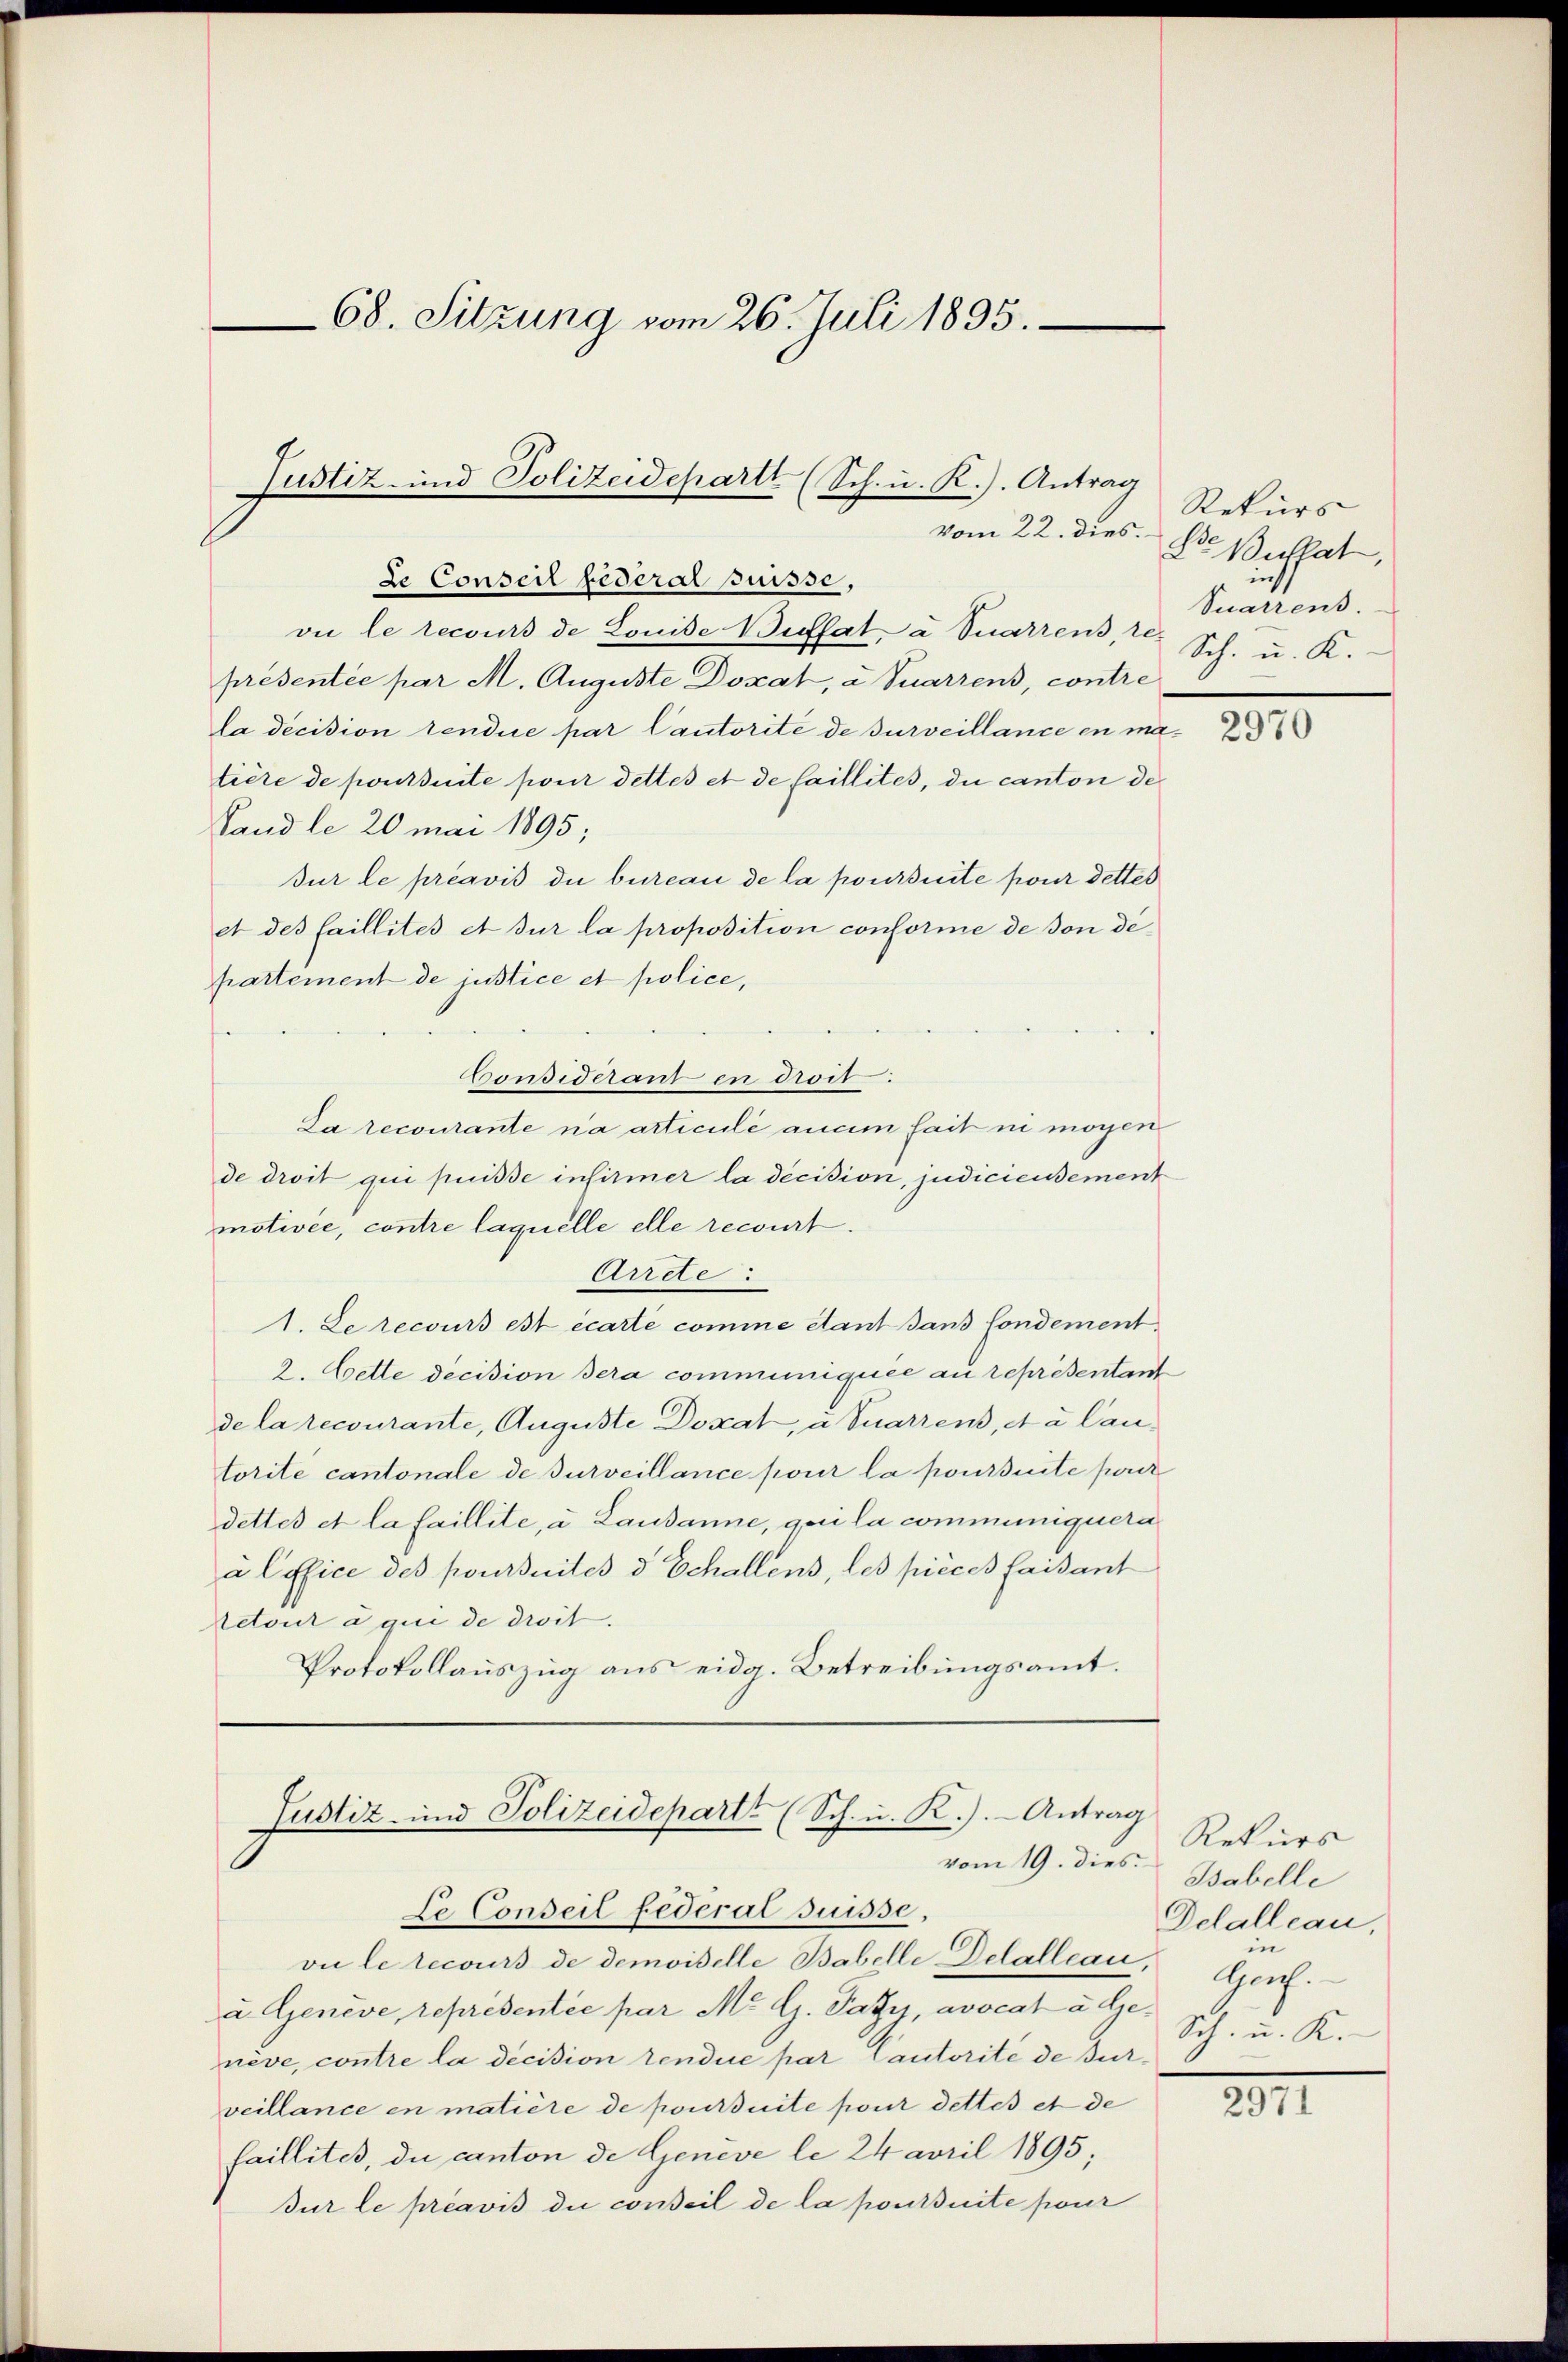
68. Sitzung vom 26. Juli 1895.

de Conseil federal Suisse,
vie le recours de Louise Billat a Suarrens, re-
présentée par M. Auguste Donat, a Suarrens, contre
la decision tendire par Cautorité de surveillance en matière de poursuite pour dettes et de faillites, die canton de
Sandle 20 mai 1895;
dur le préavis die bureau de la poursuite pour dettes
et des Caillités et sur la proposition conforme de von departement de justice et police,
Considérant en droit.
La recourante na articuli ancim sait ni mögen
de droit qui puisse infirmer la décision, judicieusement
motivee, contre laquelle elle recourt.
Arrete
1. Le recours est écarte comme étant sans londement.
2. Cette decision sera communiquée au représentant
de la recourante, Auguste Doxat, a quarrens, et à lautorite cantonale de surveillance pour la poursuite porir
dettes et la faillite, u. Lausanne, qui la communiquere
a Office des poursuites d Echallens, les pieces faisant
etour a qui de droit.
Protokollauszug aus eidg. Betreibungsamt.

Justiz- und Polizeidepartt (Sch. u. K.). Antrag

Justiz- und Polizeidepartt (Sch. u. K.). - Antrag
Le Conseil federat suisse,

vu le recours de demoiselle Babelle Delalleau, Apen.
u. Genève, représentée par M. G. Satzu, avocat à Genève, contre la décision rendue par Cautorité de Burveillance en matière de poursuite pour dettes et de
faillitet, du canton de Genève le 24 avril 1895;
sur le préavis die conseil de la poursuite pour

Rekurs
vom 22. dies. Die Bullat,
Sinnens.
Sch. u. K.

2970

Rekurs
vom 19. dies Babelle
Delalleau,
in
Sch. u. K.

2971